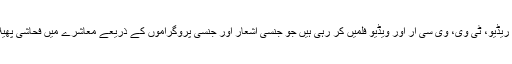
آج یہی کام ریڈیو، ٹی وی، وی سی آر اور ویڈیو فلمیں کر رہی ہیں جو جنسی اشعار اور جنسی پروگراموں کے ذریعے معاشرے میں فحاشی پھیلا رہی ہیں۔